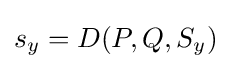
s_{y}=D(P,Q,S_{y})